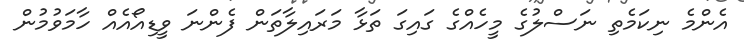
އެންމެ ނިކަމެތި ނަސްލުގެ މީހެއްގެ ގައިގަ ތަޅާ މަރައިލާތަން ފެންނަ ވީޑިއޯއެއް ހާމަވުމުން